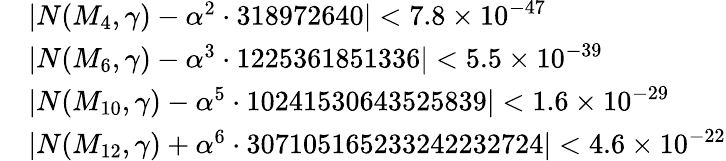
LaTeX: \begin{array}{rl}&{|N(M_{4},\gamma)-\alpha^{2}\cdot 318972640|<7.8\times 10^{-47}}\\ &{|N(M_{6},\gamma)-\alpha^{3}\cdot 1225361851336|<5.5\times 10^{-39}}\\ &{|N(M_{10},\gamma)-\alpha^{5}\cdot 10241530643525839|<1.6\times 10^{-29}}\\ &{|N(M_{12},\gamma)+\alpha^{6}\cdot 307105165233242232724|<4.6\times 10^{-22}}\end{array}